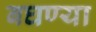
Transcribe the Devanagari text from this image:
बघण्या